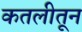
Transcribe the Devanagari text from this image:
कतलीतून